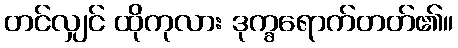
တင်လျှင် ထိုကုလား ဒုက္ခရောက်တတ်၏။